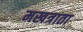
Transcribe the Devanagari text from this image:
मखत्राता